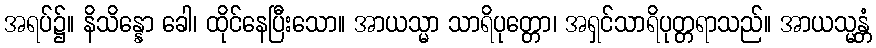
အရပ်၌။ နိသိန္နော ခေါ၊ ထိုင်နေပြီးသော။ အာယသ္မာ သာရိပုတ္တော၊ အရှင်သာရိပုတ္တရာသည်။ အာယသ္မန္တံ